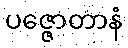
ပဇ္ဇောတာနံ